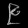
Digit: ၉